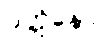
ဝတ္တိနော